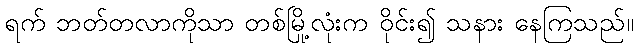
ရက် ဘတ်တလာကိုသာ တစ်မြို့လုံးက ဝိုင်း၍ သနား နေကြသည်။